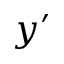
y ^ { \prime }